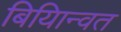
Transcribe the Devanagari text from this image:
बियािन्वत